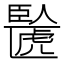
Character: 𫇉